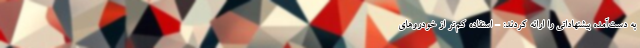
به دست‌آمده پیشنهاداتی را ارائه کردند: - استفاده کم‌تر از خودروهای